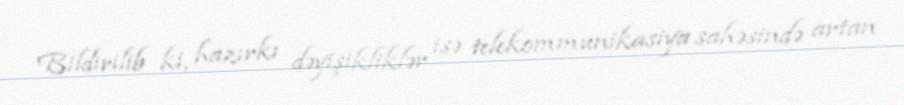
Bildirilib ki, hazırkı dəyişikliklər isə telekommunikasiya sahəsində artan